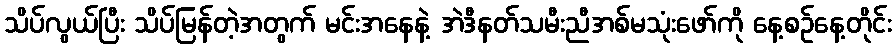
သိပ်လွယ်ပြီး သိပ်မြန်တဲ့အတွက် မင်းအနေနဲ့ အဲဒီနတ်သမီးညီအစ်မသုံးဖော်ကို နေ့စဉ်နေ့တိုင်း